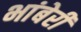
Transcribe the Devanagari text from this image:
भांबेरी